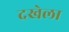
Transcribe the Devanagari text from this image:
दखेला